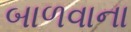
બાળવાના